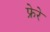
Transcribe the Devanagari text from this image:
फ्रेरे